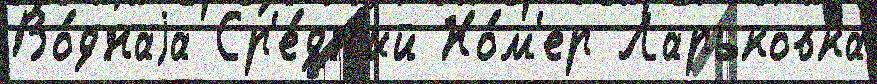
Во́днаjа Ср'е́дн'ий Но́м'ер Ларьковка